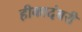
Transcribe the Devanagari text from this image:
हीकादंबरी